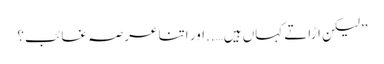
’’لیکن اڑاتے کہاں ہیں…..اور اتنا عرصہ غائب؟